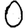
Digit: 0